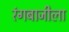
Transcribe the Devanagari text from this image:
रंगबाजीला